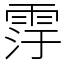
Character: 䨕